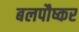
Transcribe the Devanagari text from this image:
बलपौष्कर